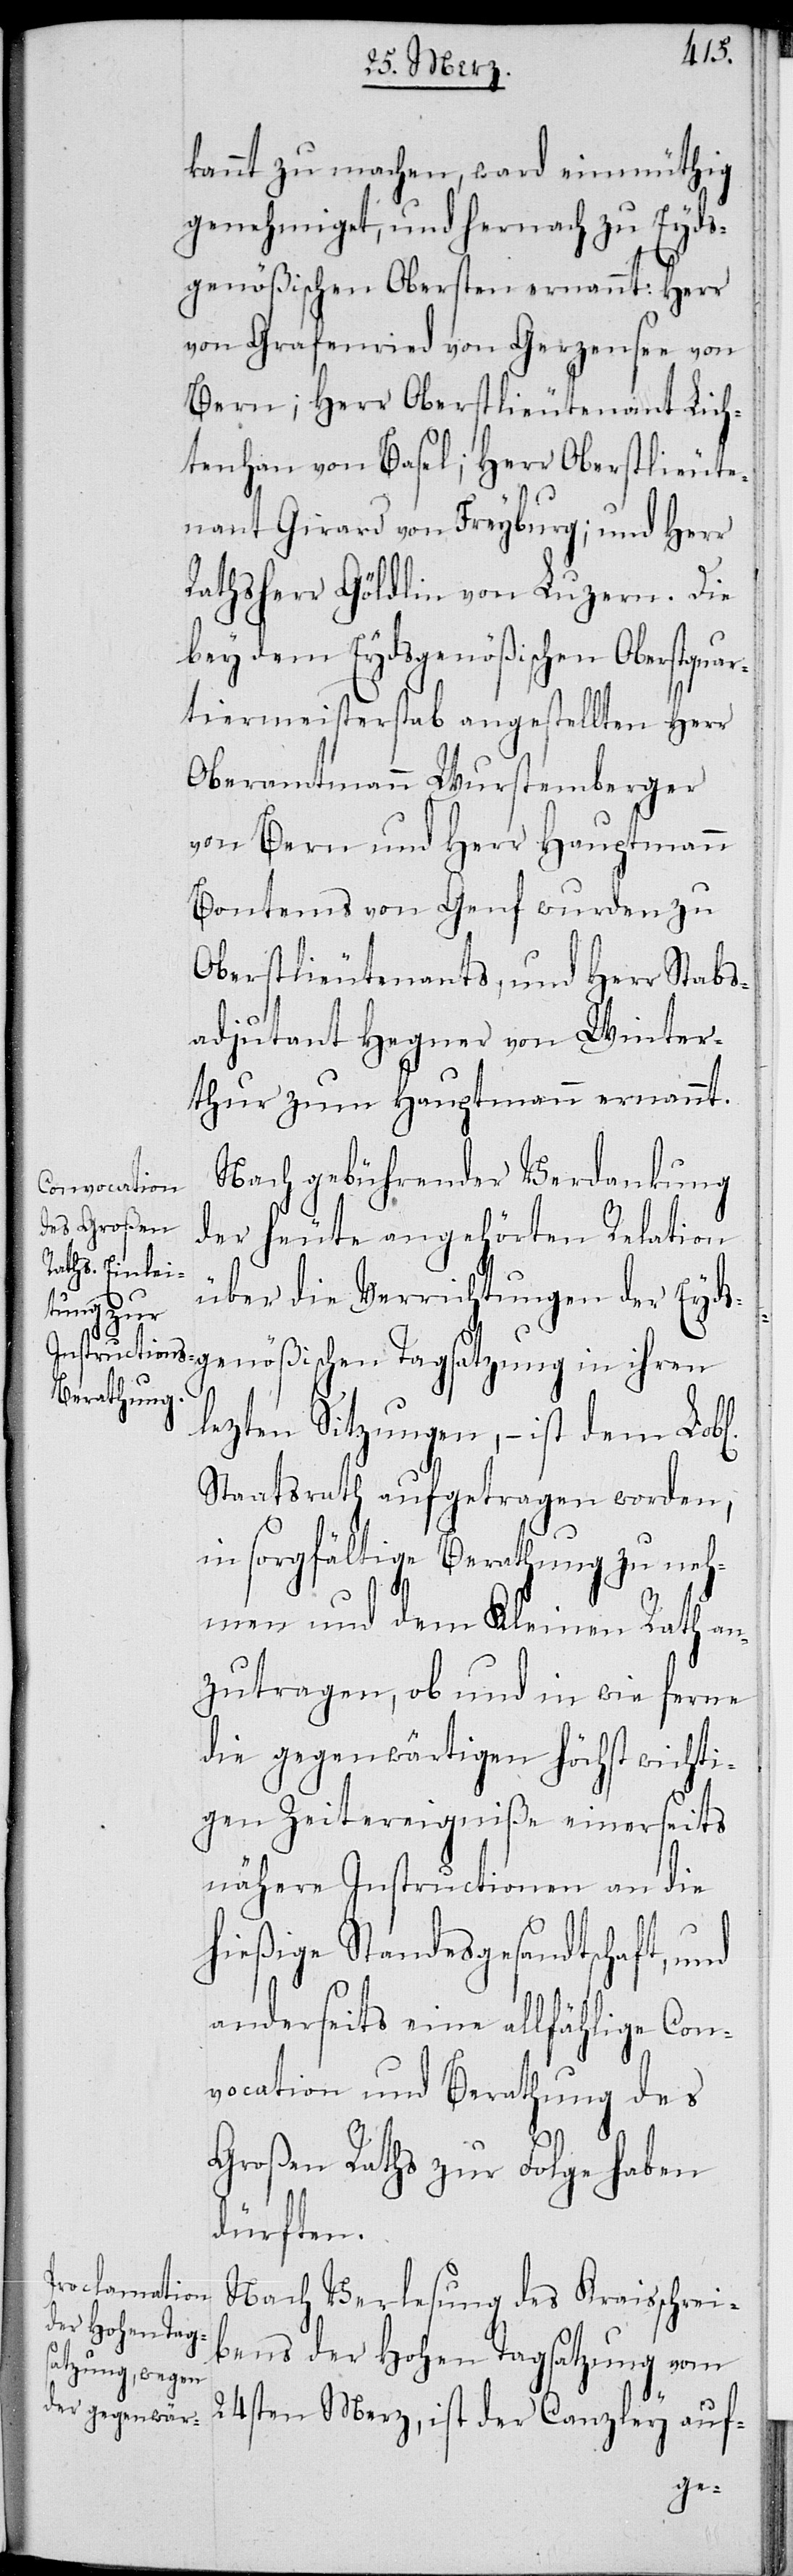
kannt zu machen, ward einmüthig
genehmiget, und hernach zu Eyds¬
genößischen Obersten ernannt: Herr
von Grafenried von Gerzensee von
Bern; Herr Oberstlieutenant Lich¬
tenhan von Basel; Herr Oberstlieute¬
nant Girard von Freyburg; und Herr
Rathsherr Göldlin von Luzern. Die
bey dem Eydsgenößischen Oberstqua¬
rtiermeisterstab angestellten Herr
Oberamtmann Wurstemberger
von Bern und Herr Hauptmann
Bontems von Genf wurden zu
Oberstlieutenants, und Herr Stabs¬
adjutant Hegner von Winter¬
thur zum Hauptmann ernannt.
Nach gebührender Verdankung
der heute angehörten Relation
über die Verrichtung der Eyd¬
l[ichen]
sgenößischen Tagsatzung in ihren
lezten Sitzungen, – ist dem Lob¬
Staatsrath aufgetragen worden,
in sorgfältige Berathung zu neh¬
men und dem Kleinen Rath an¬
zutragen, ob und in wie ferne
die gegenwärtigen höchst wichti¬
gen Zeitereigniße einerseits
nähere Instructionen an die
hießige Standesgesandtschaft, und
anderseits eine allfählige Con¬
vocation und Berathung des
Großen Raths zur Folge haben
dürften.
Nach Verlesung des Kreisschrei¬
bens der Hohen Tagsatzung vom
24sten Merz, ist der Canzley auf-